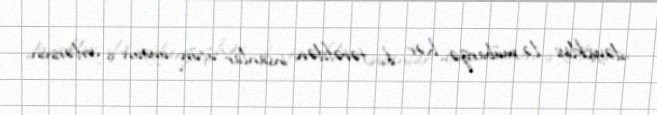
dəyişikliyi ilə mübarizə, hər iki tərəfdən insanlar üçün uyğun iş yerlərinin